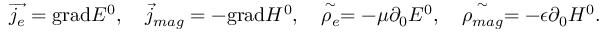
\overrightarrow { j _ { e } } = \mathrm { g r a d } E ^ { 0 } , \quad \overrightarrow { j } _ { m a g } = - \mathrm { g r a d } H ^ { 0 } , \quad \stackrel { \sim } { \rho _ { e } } = - \mu \partial _ { 0 } E ^ { 0 } , \quad \stackrel { \sim } { \rho _ { m a g } } = - \epsilon \partial _ { 0 } H ^ { 0 } .